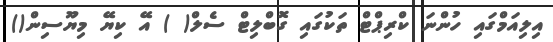
އިލިއަމްގައި ހުންނަ ކްރިޕްޓް ތަކުގައި ގޮބްލިޓް ސެލް( ) އޭ ކިޔޭ މިޔޫސިން()